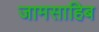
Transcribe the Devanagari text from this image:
जामसाहिब